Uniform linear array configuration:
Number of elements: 8
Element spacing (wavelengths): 0.75
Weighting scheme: blackman
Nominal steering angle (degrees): -30
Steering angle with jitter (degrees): -28.828
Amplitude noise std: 0.05
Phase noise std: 0.05

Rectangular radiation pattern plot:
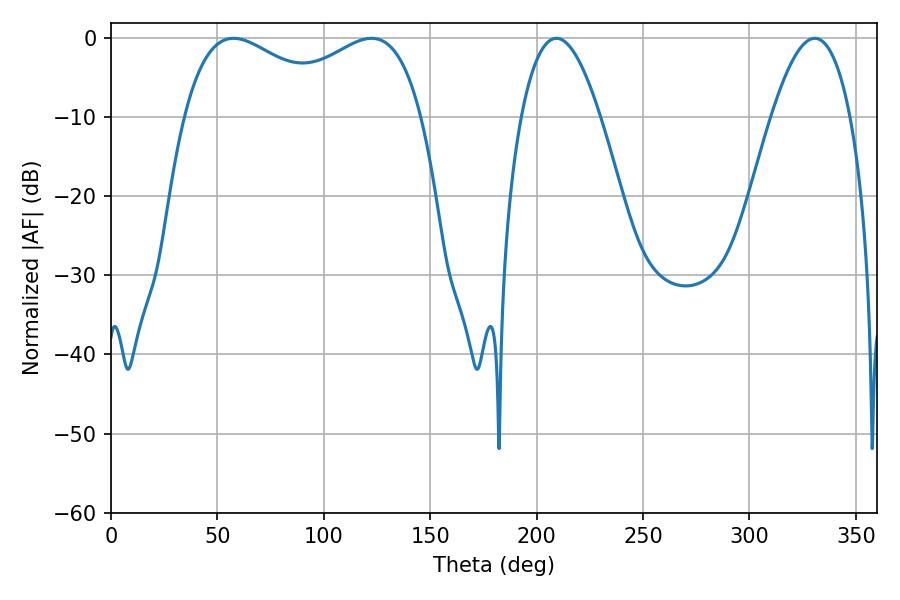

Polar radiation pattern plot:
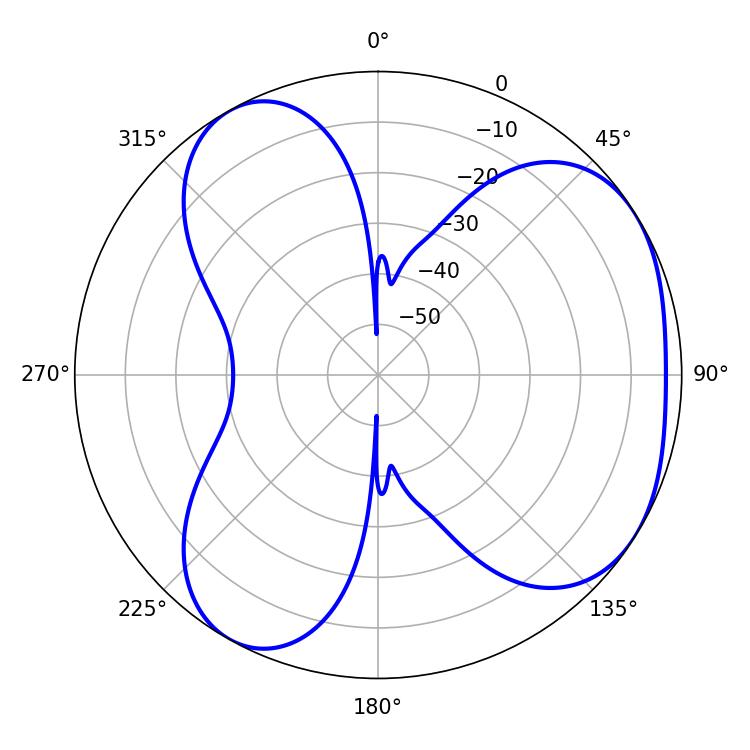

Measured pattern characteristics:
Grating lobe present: TRUE
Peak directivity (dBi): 4.313
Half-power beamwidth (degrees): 42.12
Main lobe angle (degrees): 57.6